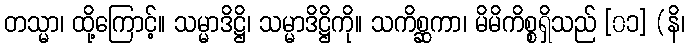
တသ္မာ၊ ထို့ကြောင့်။ သမ္မာဒိဋ္ဌိ၊ သမ္မာဒိဋ္ဌိကို။ သကိစ္ဆကာ၊ မိမိကိစ္စရှိသည် [၀၁] (နိ၊